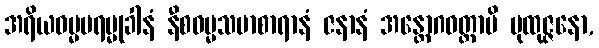
အရိယဓမ္မပရမ္မုခါနံ နီစဓမ္မသမာစာရာနံ ဇနာနံ အန္တောဂဓတ္တာပိ ပုထုဇ္ဇနော,